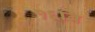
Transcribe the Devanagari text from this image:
१६वि